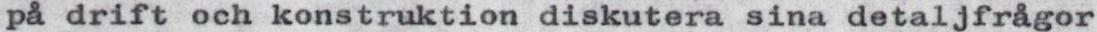
på drift och konstruktion diskutera sina detaljfrågor